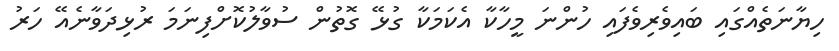
ހިޔާނަތެއްގައި ބައިވެރިވެފައި ހުންނަ މީހާކާ އެކަމަކާ ގުޅޭ ގޮތުން ސުވާލުކޮށްފިނަމަ ރުޅިދަވާނެއޭ ހަރު